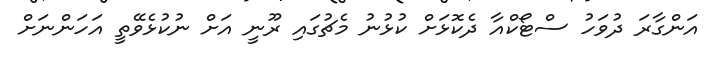
އަންގާރަ ދުވަހު ސްޓޯކްއާ ދެކޮޅަށް ކުޅުނު މެޗުގައި ރޫނީ އަށް ނުކުޅެވޭތީ އަހަންނަށް